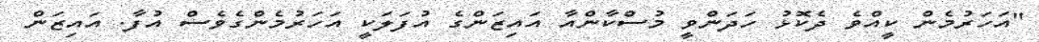
"އަހަރުމެން ކީއްވެ ދެކޮޅު ހަދަންވީ މުސްކާންއާ އައިޒަންގެ އުފަލަކީ އަހަރުމެންގެވެސް އުފާ. އައިޒަން